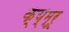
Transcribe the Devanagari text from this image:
क्य्म्रू